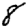
Digit: 8